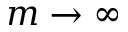
m \rightarrow \infty